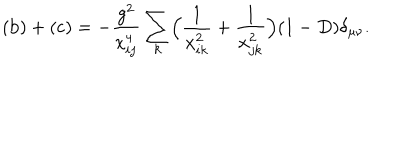
\mathrm { ( b ) } + \mathrm { ( c ) } = - \frac { g ^ { 2 } } { x _ { i j } ^ { 4 } } \sum _ { k } \Bigl ( \frac { 1 } { x _ { i k } ^ { 2 } } + \frac { 1 } { x _ { j k } ^ { 2 } } \Bigr ) ( 1 - D ) \delta _ { \mu \nu } .